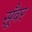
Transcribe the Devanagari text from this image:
सूँवर